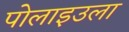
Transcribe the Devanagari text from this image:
पोलाइउला